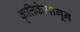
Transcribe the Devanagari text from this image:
कृत्तिकेमागून